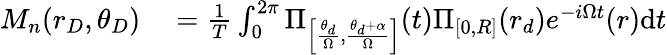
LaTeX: \begin{array}{rl}{M_{n}(r_{D},\theta_{D})}&{{}=\frac{1}{T}\int_{0}^{2\pi}\Pi_{\left[\frac{\theta_{d}}{\Omega},\frac{\theta_{d}+\alpha}{\Omega}\right]}(t)\Pi_{[0,R]}(r_{d})e^{-i\Omega t}(r)\mathrm{d}t}\end{array}